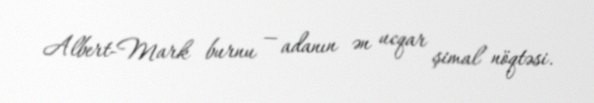
Albert-Mark burnu — adanın ən ucqar şimal nöqtəsi.